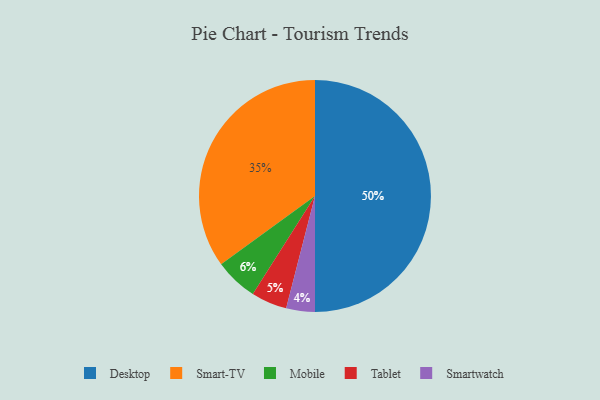
{"axis": {"x": "Category", "y": "Percentage"}, "legend": ["Desktop", "Mobile", "Smart-TV", "Smartwatch", "Tablet"], "data": [{"x": "Desktop", "y": 50, "type": "Desktop"}, {"x": "Mobile", "y": 6, "type": "Mobile"}, {"x": "Smart-TV", "y": 35, "type": "Smart-TV"}, {"x": "Smartwatch", "y": 4, "type": "Smartwatch"}, {"x": "Tablet", "y": 5, "type": "Tablet"}]}